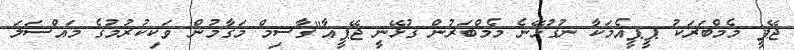
ޖޭޕީ މެމްބަރަކު ޕީޕީއެމަކާ ނުގުޅޭނެ މެމްބަރުން ގުޅޭނީ ޖޭޕީއާ"ގާސިމް މަގާމުން ވަކިކުރުމުގެ މައްސަލަ